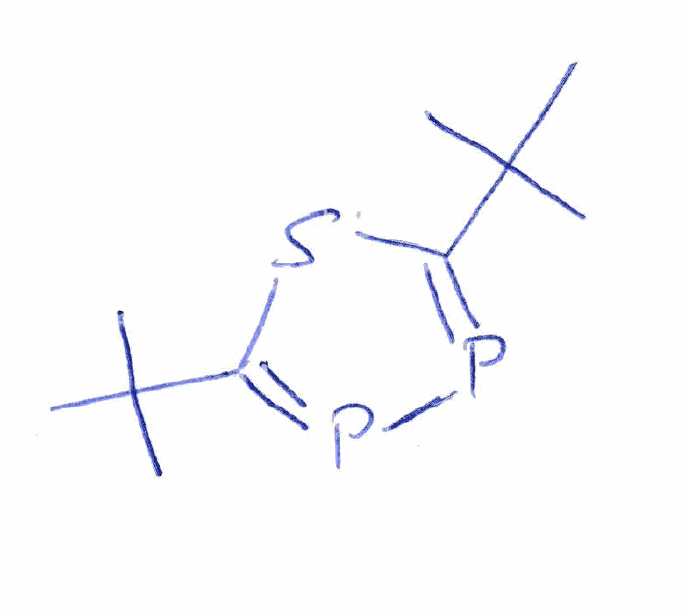
Simplified molecular-input line-entry system (SMILES) notation of the given molecule:
CC(C)(C)C1=PP=C(S1)C(C)(C)C